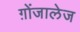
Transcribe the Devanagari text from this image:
ग़ोंजालेज